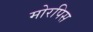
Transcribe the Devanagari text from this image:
मोरपिस